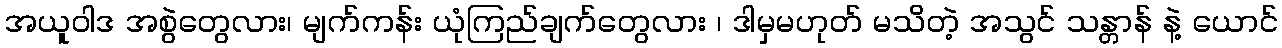
အယူဝါဒ အစွဲတွေလား၊ မျက်ကန်း ယုံကြည်ချက်တွေလား ၊ ဒါမှမဟုတ် မသိတဲ့ အသွင် သန္တာန် နဲ့ ယောင်